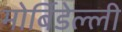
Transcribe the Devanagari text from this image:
मोर्बिडेल्ली